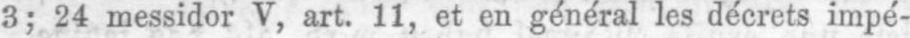
3; 24 messidor V, art. 11, et en général les décrets impé-